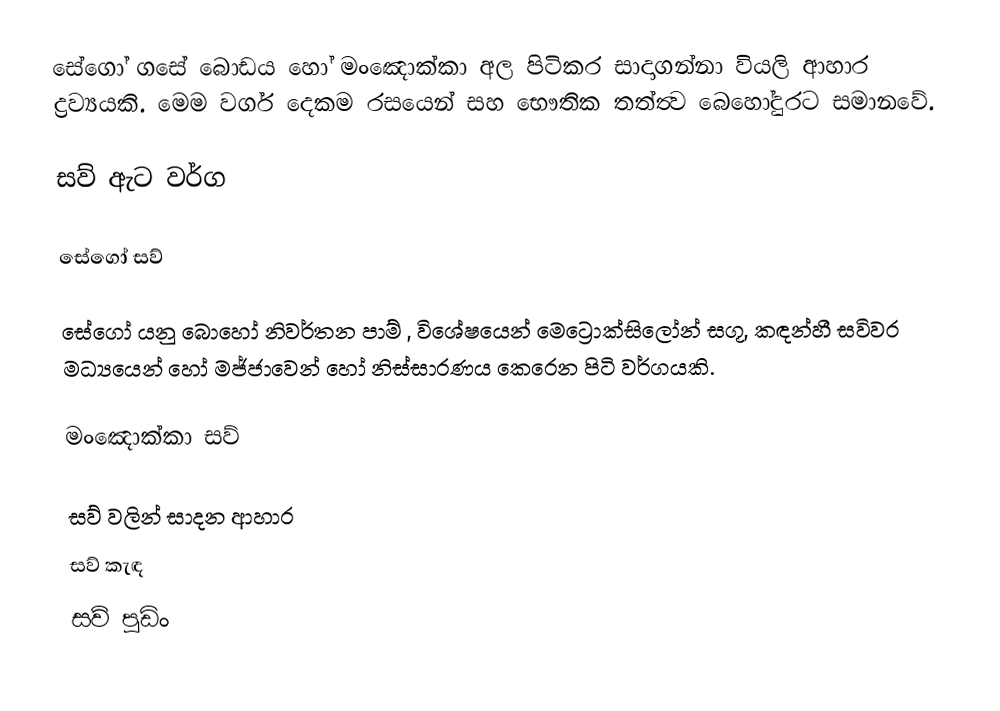
සේගෝ ගසේ බොඩය හෝ මංඤොක්කා අල පිටිකර සාදාගන්නා වියලි ආහාර ද්‍රව්‍යයකි. මෙම වර්ග දෙකම රසයෙන් සහ භෞතික තත්ත්‍ව බෙහෝදුරට සමානවේ.

සව් ඇට වර්ග

සේගෝ සව්

සේගෝ යනු බොහෝ නිවර්තන පාම් , විශේෂයෙන් මෙට්‍රොක්සිලෝන් සගූ, කඳන්හී සවිවර මධ්‍යයෙන් හෝ මජ්ජාවෙන් හෝ නිස්සාරණය කෙරෙන  පිටි වර්ගයකි.

මංඤොක්කා සව්

සව් වලින් සාදන ආහාර
 සව් කැඳ
 සව් පුඩිං